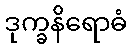
ဒုက္ခနိရောဓံ